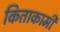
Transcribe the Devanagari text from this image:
किताकामी